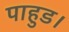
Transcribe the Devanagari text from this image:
पाहुड।